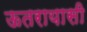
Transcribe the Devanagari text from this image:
ऊतरायासी